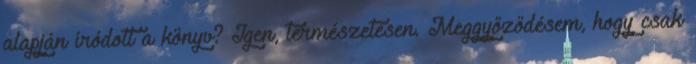
alapján íródott a könyv? Igen, természetesen. Meggyőződésem, hogy csak